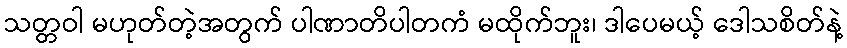
သတ္တဝါ မဟုတ်တဲ့အတွက် ပါဏာတိပါတကံ မထိုက်ဘူး၊ ဒါပေမယ့် ဒေါသစိတ်နဲ့